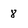
Character: 8